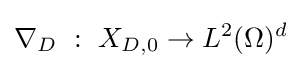
\nabla _{D}~:~X_{D,0}\to L^{2}(\Omega )^{d}